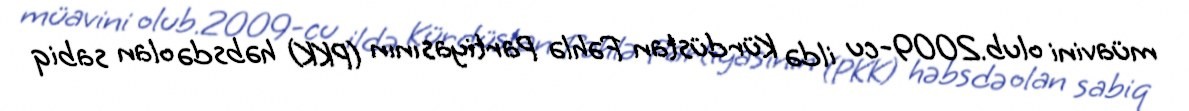
müavini olub.2009-cu ildə Kürdüstan Fəhlə Partiyasının (PKK) həbsdə olan sabiq